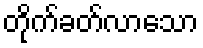
တိုက်ခတ်လာသော